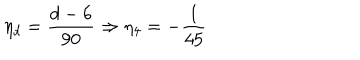
\eta _ { d } = \frac { d - 6 } { 9 0 } \Rightarrow \eta _ { 4 } = - \frac { 1 } { 4 5 }